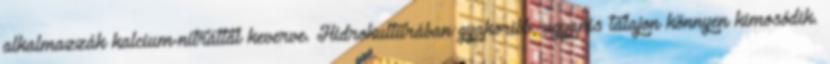
alkalmazzák kalcium-nitráttal keverve. Hidrokultúrában gyakoribb, ugyanis talajon könnyen kimosódik.